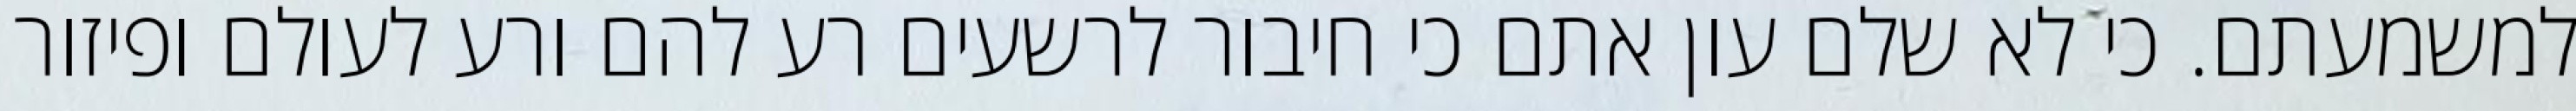
למשמעתם. כי לא שלם עון אתם כי חיבור לרשעים רע להם ורע לעולם ופיזור